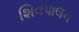
શિવપાલન